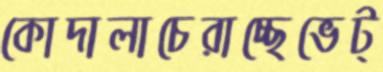
কোদালাচেরাচ্ছেভেট্